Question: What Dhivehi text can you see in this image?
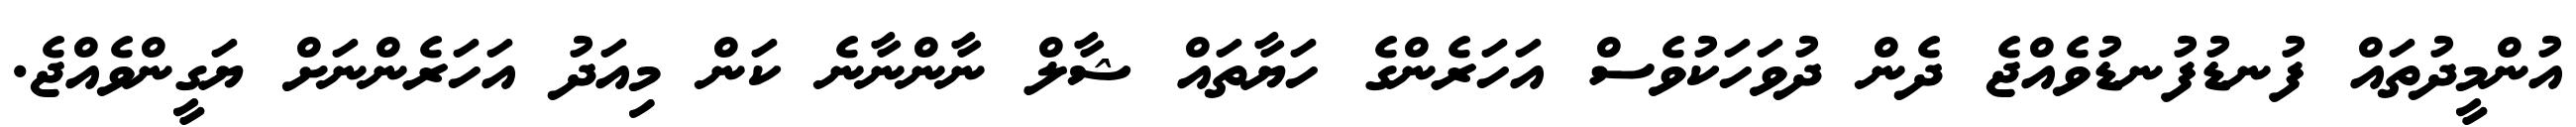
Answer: އުންމީދުތައް ފުނޑުފުނޑުވެއްޖެ ދެން ދުވަހަކުވެސް އަހަރެންގެ ހަޔާތައް ޝާލް ނާންނާނެ ކަން މިއަދު އަހަރެންނަށް ޔަގީންވެއްޖެ.